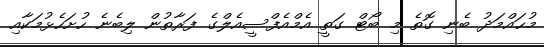
މުޙައްމަދު ބެނި ގޮތެ މި ބޯޓް ގަތީ އެމްއެފްސީއެލްގެ ފަރާތުން ލިބެނެެ ހުށަހެޅުމަކާއި